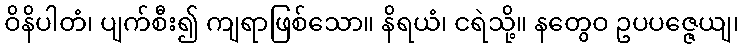
ဝိနိပါတံ၊ ပျက်စီး၍ ကျရာဖြစ်သော။ နိရယံ၊ ငရဲသို့။ နတွေဝ ဥပပဇ္ဇေယျ၊